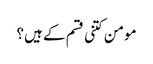
مومن کتنی قسم کے ہیں؟